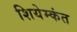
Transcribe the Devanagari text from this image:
शियेम्कंत